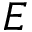
E